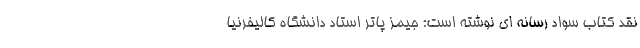
نقد کتاب سواد رسانه ای نوشته است: جیمز پاتر استاد دانشگاه کالیفرنیا